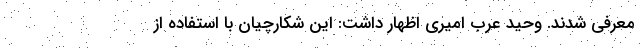
معرفی شدند. وحید عرب امیری اظهار داشت: این شکارچیان با استفاده از